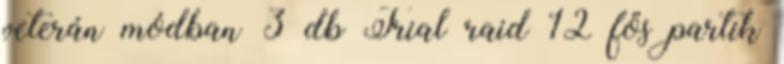
veterán módban 3 db Trial raid 12 fős partik